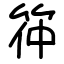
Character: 筗